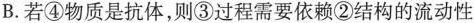
B.若④物质是抗体，则③过程需要依赖②结构的流动性